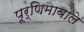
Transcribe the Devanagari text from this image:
पूर्णिमावाले